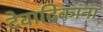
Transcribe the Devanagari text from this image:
देवादिकांना